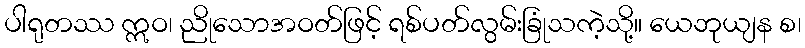
ပါရုတဿ ဣဝ၊ ညိုသောအဝတ်ဖြင့် ရစ်ပတ်လွမ်းခြုံသကဲ့သို့။ ယေဘုယျန စ၊